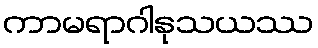
ကာမရာဂါနုသယဿ